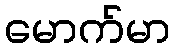
မောက်မာ